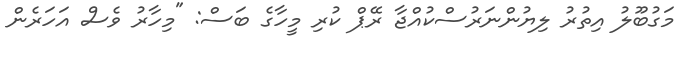
މަގުބޫލު އިތުރު ލިޔުންނަރުސްކުއްޖާ ރޭޕް ކުރި މީހާގެ ބަސް: "މިހާރު ވެސް އަހަރެން